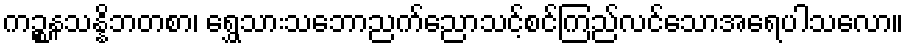
ကဉ္စနသန္နိဘတစာ၊ ရွှေသားသဘောညက်ညောသင့်စင်ကြည်လင်သောအရေပါသလော။